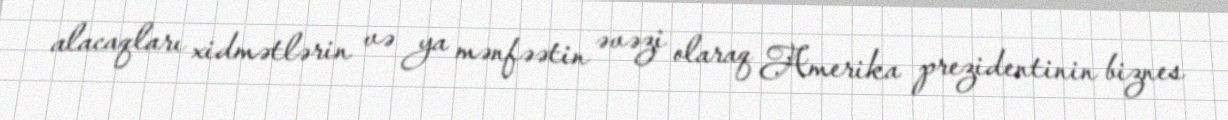
alacaqları xidmətlərin və ya mənfəətin əvəzi olaraq Amerika prezidentinin biznes